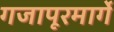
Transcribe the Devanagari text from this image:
गजापूरमार्गे